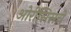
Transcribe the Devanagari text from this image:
ओरीसिसचे